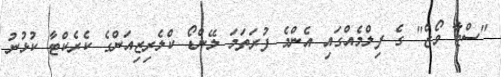
"ސްޓާ ވޯޒް" ގެ ފިލްމެއްގައި އެންމެ ފުރަތަމަ ލޭންޑޯ ކްލެރިޒިއަންގެ ކެރެކްޓާ ކުޅުނު